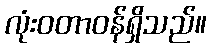
လုံးဝတာဝန်ရှိသည်။